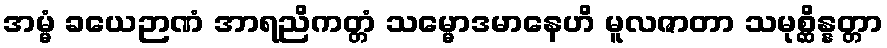
အမ္မံ ခယေဉာဏံ အာရညိကတ္တံ သမ္မောဒမာနေဟိ မူလဇာတာ သမုစ္ဆိန္နတ္တာ